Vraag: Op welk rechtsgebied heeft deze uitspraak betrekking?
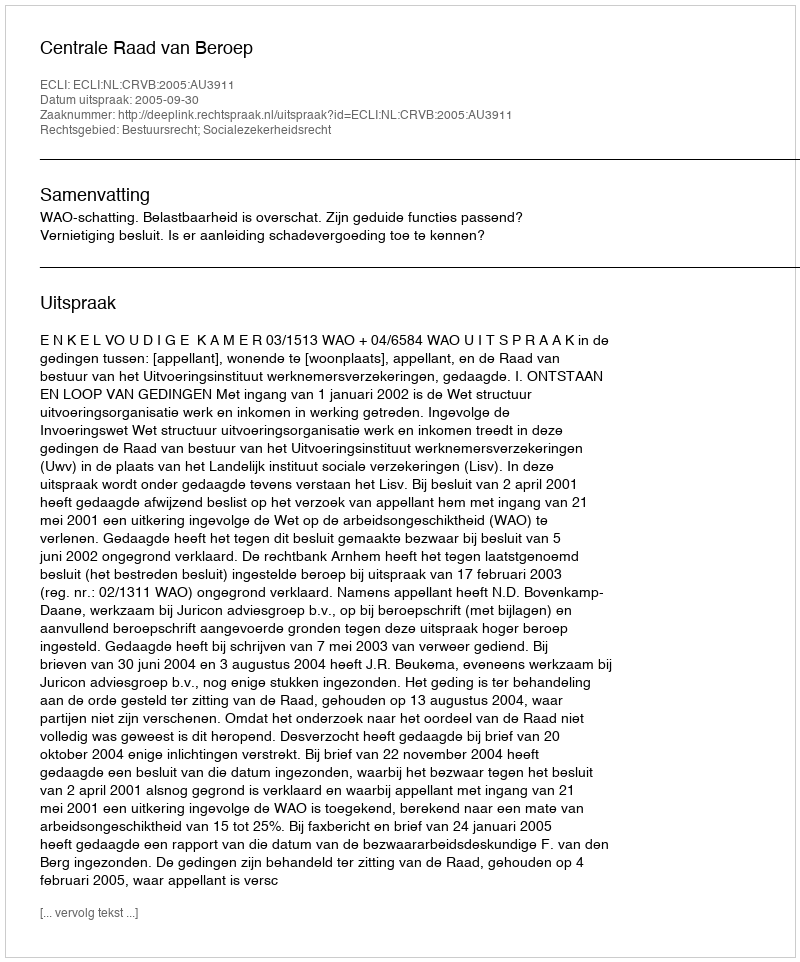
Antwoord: Bestuursrecht; Socialezekerheidsrecht